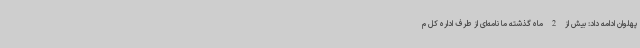
پهلوان ادامه داد: بیش از 2 ماه گذشته ما نامه‌ای از طرف اداره کل م